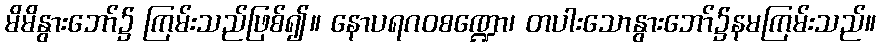
မိမိနွားဘော်၌ ကြမ်းသည်ဖြစ်၍။ နောပရဂဝစဏ္ဍော၊ တပါးသောနွားဘော်၌နမကြမ်းသည်။